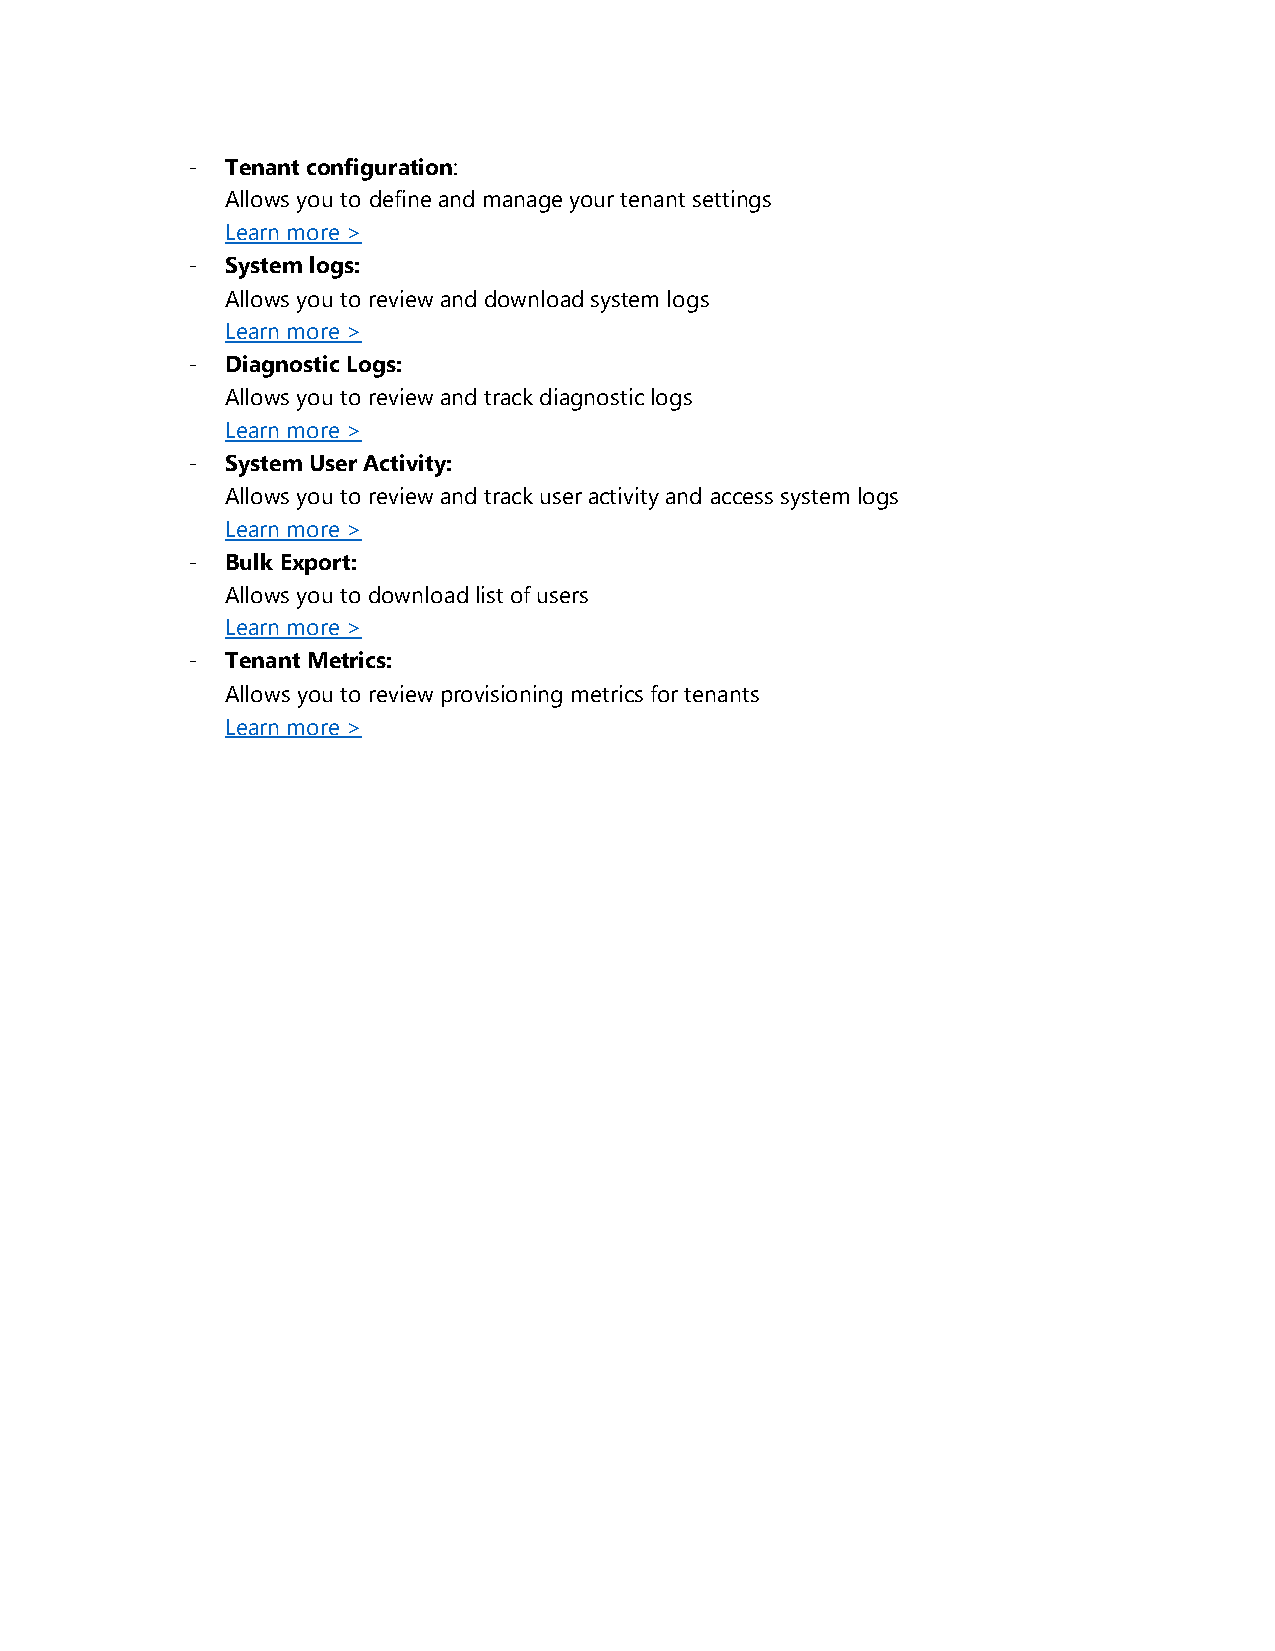
-  Tenant configuration:
 Allows you to define and manage your tenant settings
 Learn more >
 -  System logs:
 Allows you to review and download system logs
 Learn more >
 -  Diagnostic Logs:
 Allows you to review and track diagnostic logs
 Learn more >
 -  System User Activity:
 Allows you to review and track user activity and access system logs
 Learn more >
 -  Bulk Export:
 Allows you to download list of users
 Learn more >
 -  Tenant Metrics:
 Allows you to review provisioning metrics for tenants
 Learn more >